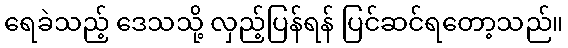
ရေခဲသည့် ဒေသသို့ လှည့်ပြန်ရန် ပြင်ဆင်ရတော့သည်။